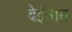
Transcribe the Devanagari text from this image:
देईनात